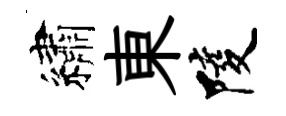
繡東陵